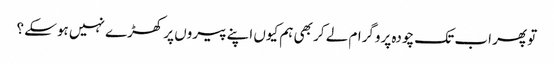
تو پھر اب تک چودہ پروگرام لے کر بھی ہم کیوں اپنے پیروں پر کھڑے نہیں ہوسکے ؟